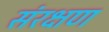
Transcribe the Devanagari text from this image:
संरक्षण